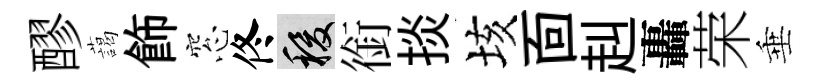
醪藹飾窓佟稷銜掞垓靣赳轟荣垂